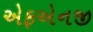
એફએનજી